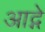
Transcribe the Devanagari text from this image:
आद्गे